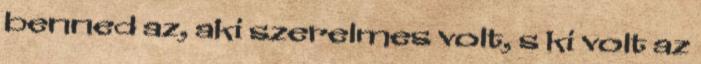
benned az, aki szerelmes volt, s ki volt az